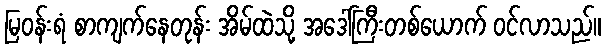
မြဝန်းရံ စာကျက်နေတုန်း အိမ်ထဲသို့ အဒေါ်ကြီးတစ်ယောက် ဝင်လာသည်။